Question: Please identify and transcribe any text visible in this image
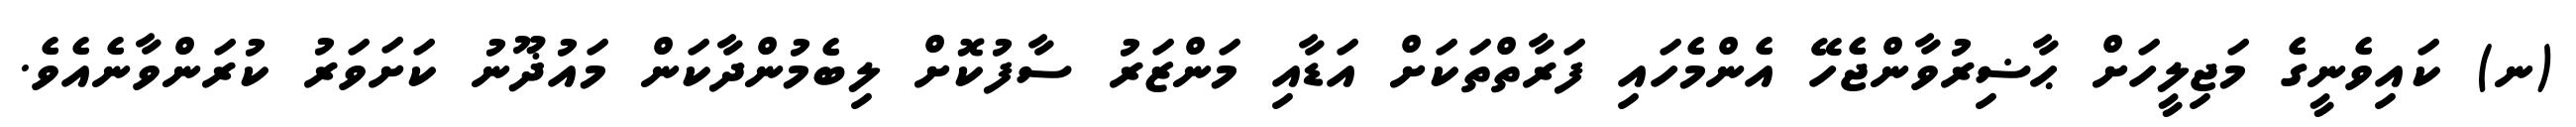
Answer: (ނ) ކައިވެނީގެ މަޖިލީހަށް ޙާޟިރުވާންޖެހޭ އެންމެހައި ފަރާތްތަކަށް އަޑާއި މަންޒަރު ސާފުކޮށް ލިބެމުންދާކަން މައުޛޫނު ކަށަވަރު ކުރަންވާނެއެވެ.